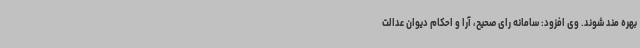
بهره مند شوند. وی افزود: سامانه رای صحیح، آرا و احکام دیوان عدالت